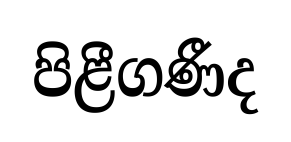
පිළීගණීද